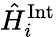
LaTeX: \hat{H}_{i}^{\mathrm{Int}}